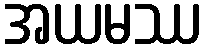
အယမဿ